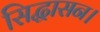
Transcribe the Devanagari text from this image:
सिद्धासन।